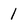
Character: 1